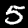
Digit: 5